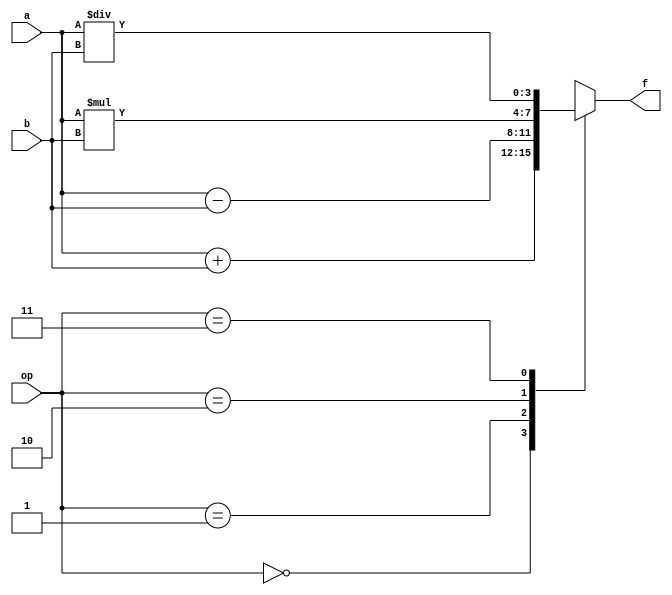
module ALU_4bit (a,b,op,f);
input [3:0] a, b;
input [1:0] op;
output reg [3:0] f;
parameter ADD = 2'b00, SUB = 2'b01, MUL = 2'b10, DIV = 2'b11;

always @ (*)
    case (op)
    ADD : f = a + b;
    SUB : f = a - b;
    MUL : f = a * b;
    DIV : f = a / b;
    endcase
    
endmodule